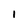
Character: 1